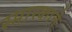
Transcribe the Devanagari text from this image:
स्मारकाने